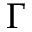
\Gamma